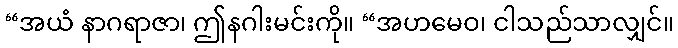
“အယံ နာဂရာဇာ၊ ဤနဂါးမင်းကို။ “အဟမေဝ၊ ငါသည်သာလျှင်။